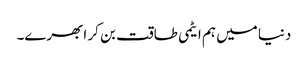
دنیا میں ہم ایٹمی طاقت بن کر ابھرے۔